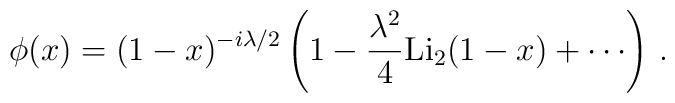
\phi (x) = (1-x)^{-i\lambda /2}\left( 1 - \frac{\lambda^2}{4} \mbox{Li}_2 (1-x) +\cdots \right)\,.